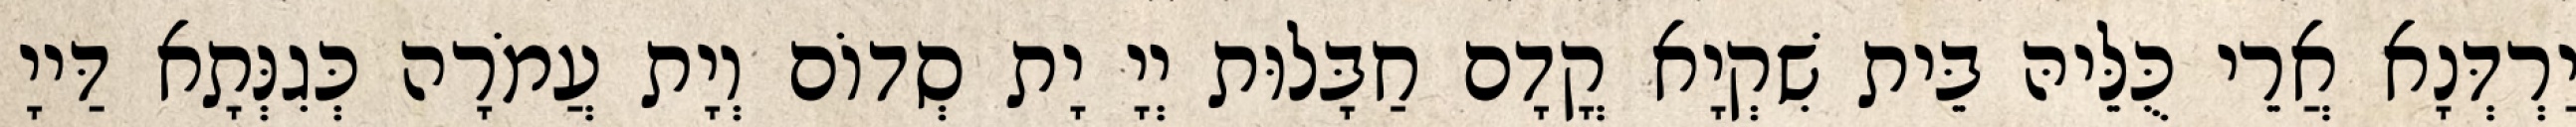
יַרְדְּנָא אֲרֵי כֻּלֵּיהּ בֵּית שִׁקְיָא קֳדָם חַבָּלוּת יְיָ יָת סְדוֹם וְיָת עֲמֹרָה כְּגִנְּתָא דַּייָ